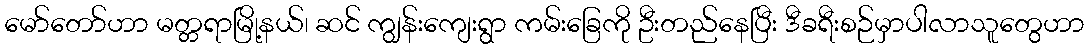
မော်တော်ဟာ မတ္တရာမြို့နယ်၊ ဆင် ကျွန်းကျေးရွာ ကမ်းခြေကို ဦးတည်နေပြီး ဒီခရီးစဉ်မှာပါလာသူတွေဟာ